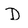
Character: D